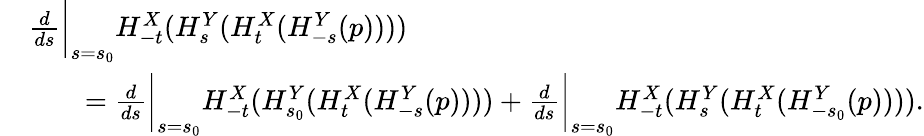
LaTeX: \begin{array}{rl}&{\frac{d}{ds}\bigg\vert_{s=s_{0}}H_{-t}^{X}(H_{s}^{Y}(H_{t}^{X}(H_{-s}^{Y}(p))))}\\ &{\qquad=\frac{d}{ds}\bigg\vert_{s=s_{0}}H_{-t}^{X}(H_{s_{0}}^{Y}(H_{t}^{X}(H_{-s}^{Y}(p))))+\frac{d}{ds}\bigg\vert_{s=s_{0}}H_{-t}^{X}(H_{s}^{Y}(H_{t}^{X}(H_{-s_{0}}^{Y}(p)))).}\end{array}